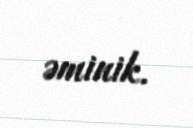
əminik.